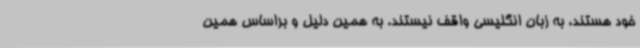
خود هستند، به زبان انگلیسی واقف نیستند. به همین دلیل و براساس همین